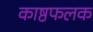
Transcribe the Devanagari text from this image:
काष्ठफलक